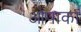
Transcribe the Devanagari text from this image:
ओपाका